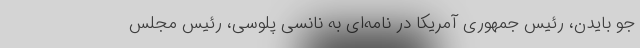
جو بایدن، رئیس جمهوری آمریکا در نامه‌ای به نانسی پلوسی، رئیس مجلس